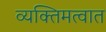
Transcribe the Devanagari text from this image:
व्यक्तिमत्वात